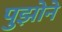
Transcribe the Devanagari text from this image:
पुझोने